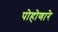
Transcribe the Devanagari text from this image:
पोहोणारे